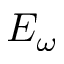
E _ { \omega }